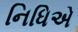
નિધિએ